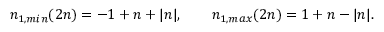
n _ { 1 , m i n } ( 2 n ) = - 1 + n + | n | , \qquad n _ { 1 , m a x } ( 2 n ) = 1 + n - | n | .